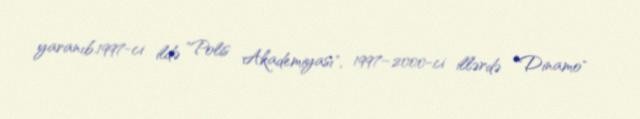
yaranıb.1997-ci ildə "Polis Akademiyası", 1997–2000-ci illərdə "Dinamo"